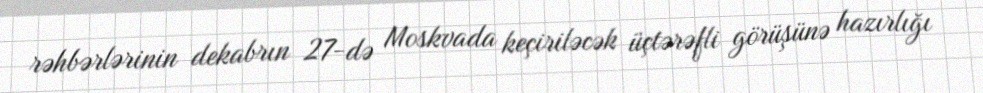
rəhbərlərinin dekabrın 27-də Moskvada keçiriləcək üçtərəfli görüşünə hazırlığı